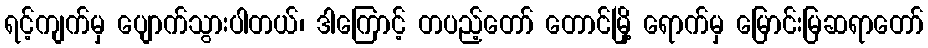
ရင့်ကျက်မှ ပျောက်သွားပါတယ်၊ ဒါကြောင့် တပည့်တော် တောင်မြို့ ရောက်မှ မြောင်းမြဆရာတော်